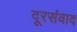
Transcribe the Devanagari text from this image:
दूरसंवाद